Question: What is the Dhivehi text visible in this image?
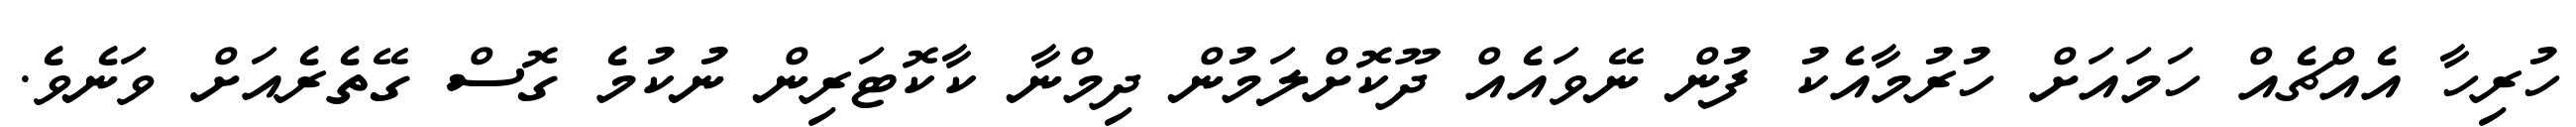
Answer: ހުރިހާ އެއްޗެއް ހަމައަށް ހުރުމާއެކު ފުން ނޭވައެއް ދޫކޮށްލަމުން ދިމްނާ ކާކޮޓަރިން ނުކުމެ ގޮސް ގޭތެރެއަށް ވަނެވެ.